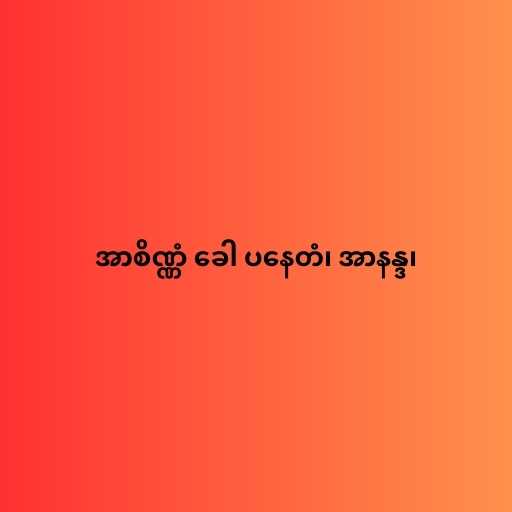
အာစိဏ္ဏံ ခေါ ပနေတံ၊ အာနန္ဒ၊